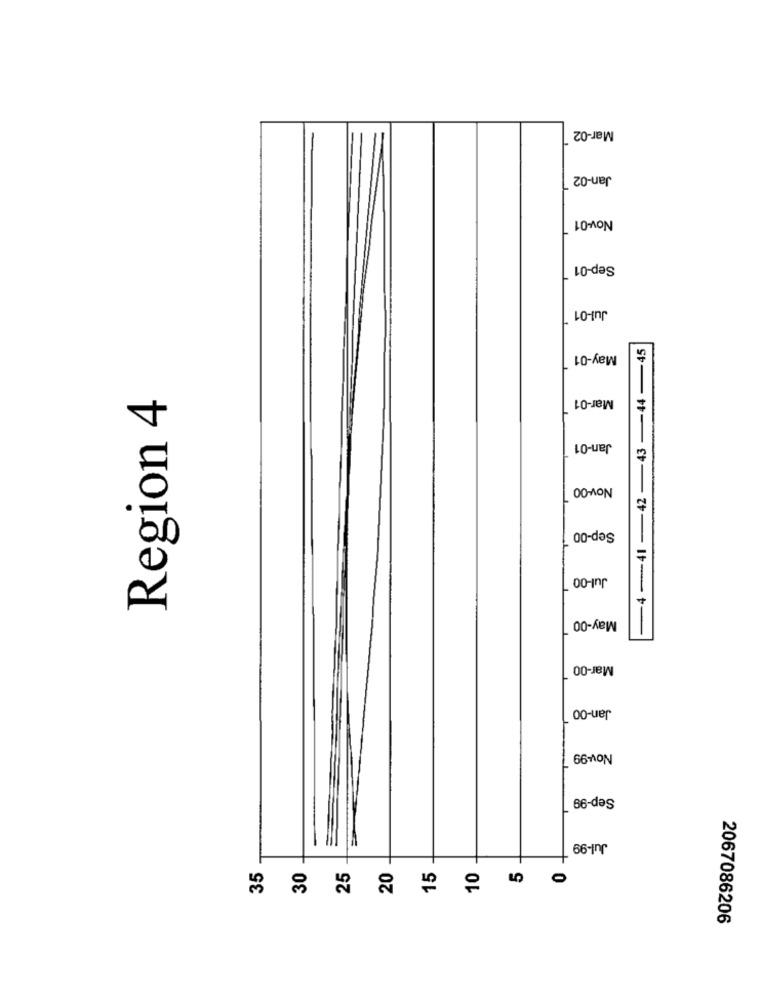
Mar-02
Jan-02
Nov-01
Sep-01
Jul-01
-4-41 -42 -43 -44-45
May-01
Region 4
Mar-01
Jan-01
Nov-00
Sep-00
Jul-00
May-00
Mar-00
Jan-00
Nov-99
Sep-99
Jul-99
5
30
25
20
15
10
2067086206